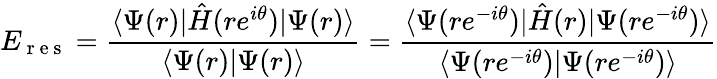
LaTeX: E_{\mathrm{~r~e~s~}}=\frac{\langle\Psi(r)|\hat{H}(re^{i\theta})|\Psi(r)\rangle}{\langle\Psi(r)|\Psi(r)\rangle}=\frac{\langle\Psi(re^{-i\theta})|\hat{H}(r)|\Psi(re^{-i\theta})\rangle}{\langle\Psi(re^{-i\theta})|\Psi(re^{-i\theta})\rangle}